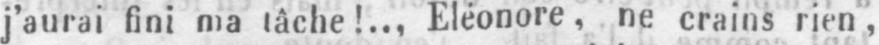
j’aurai fini ma tâche!... Eleonore, ne crains rien,